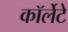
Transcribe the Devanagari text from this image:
कॉर्लेटे